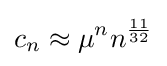
c_{n}\approx \mu ^{n}n^{\frac {11}{32}}